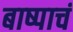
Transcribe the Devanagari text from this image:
बाष्पाचं